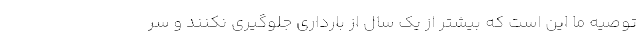
توصیه ما این است که بیشتر از یک سال از بارداری جلوگیری نکنند و سر